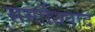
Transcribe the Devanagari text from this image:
समाधिपाद